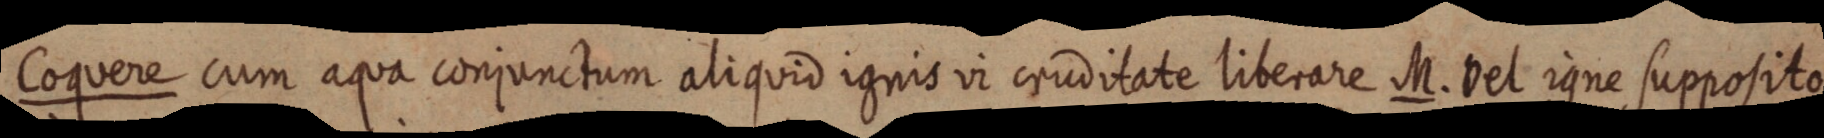
Coquere cum aqua conjunctum aliquid ignis vi cruditate liberare M. Vel igne supposito